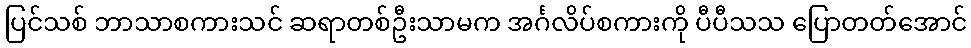
ပြင်သစ် ဘာသာစကားသင် ဆရာတစ်ဦးသာမက အင်္ဂလိပ်စကားကို ပီပီသသ ပြောတတ်အောင်